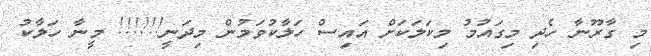
މި ގާރޫނާ ހެދި މިގައުމު މިކަލަކަށް އައިސް ހަލާކުވަމުން މިދަނީ!!!!!! މީނާ ހަލާކު